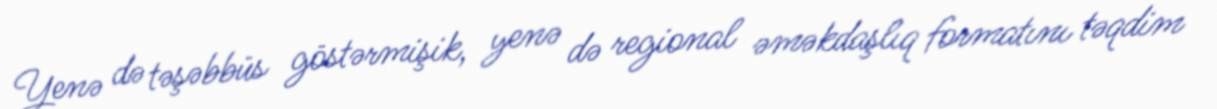
Yenə də təşəbbüs göstərmişik, yenə də regional əməkdaşlıq formatını təqdim